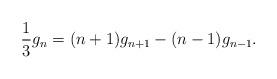
LaTeX: \begin{align*}{1 \over 3} g_n =(n+1) g_{n+1}-(n-1) g_{n-1}.\end{align*}